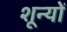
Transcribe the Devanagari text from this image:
शून्यों